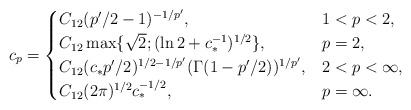
\begin{align*}c_p =\begin{cases} C_{12}(p'/2-1)^{-1/p'}, &1<p<2 ,\\C_{12} \max \{ \sqrt{2}; (\ln 2 + c_*^{-1})^{1/2}\}, &p=2 ,\\ C_{12}(c_* p'/2)^{1/2-1/p'} (\Gamma (1-p'/2))^{1/p'}, &2<p< \infty, \\ C_{12}(2\pi)^{1/2} c_*^{-1/2}, & p = \infty.\end{cases}\end{align*}